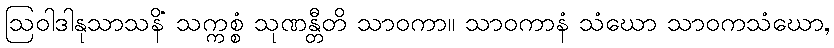
ဩဝါဒါနုသာသနိံ သက္ကစ္စံ သုဏန္တီတိ သာဝကာ။ သာဝကာနံ သံဃော သာဝကသံဃော,